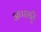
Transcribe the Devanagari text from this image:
अप्पादुरै